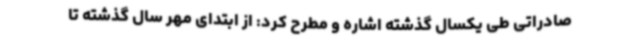
صادراتی طی یکسال گذشته اشاره و مطرح کرد: از ابتدای مهر سال گذشته تا